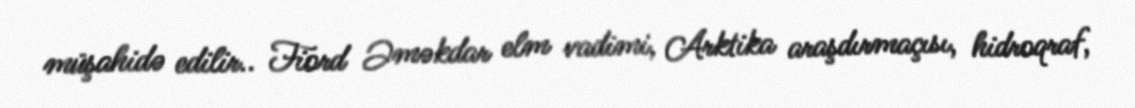
müşahidə edilir.. Fiord Əməkdar elm vadimi, Arktika araşdırmaçısı, hidroqraf,